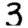
Digit: 3